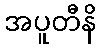
အပူတီနိ